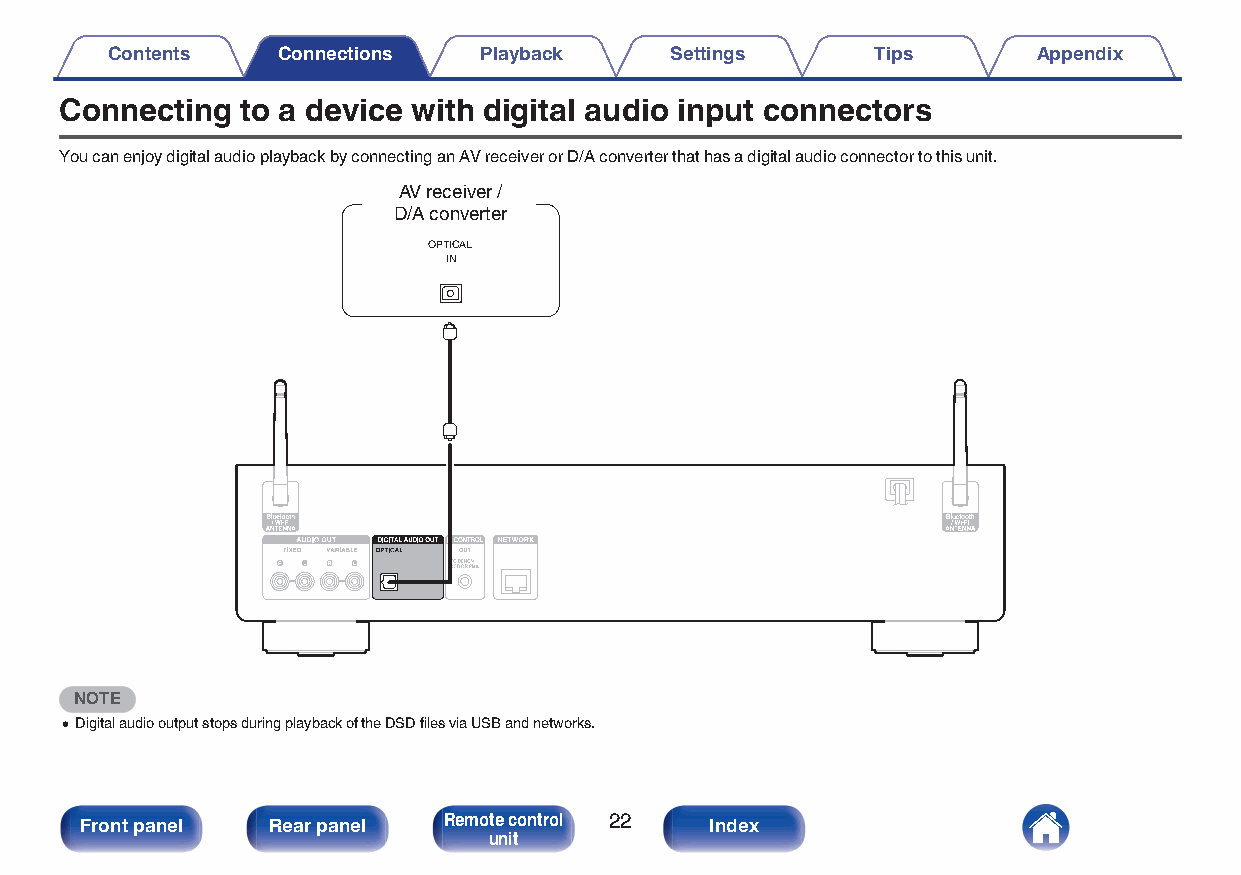
Contents   Connections   Playback    Settings      Tips       Appendix
 Connecting  to a device with digital audio input connectors
 You can enjoy digital audio playback by connecting an AV receiver or D/A converter that has a digital audio connector to this unit.
 AV receiver /
 D/A converter
 OPTICAL
 IN
 NOTE
 0Digital audio output stops during playback of the DSD files via USB and networks.
 Front panel  Rear panel Remote control 22 Index
 unit